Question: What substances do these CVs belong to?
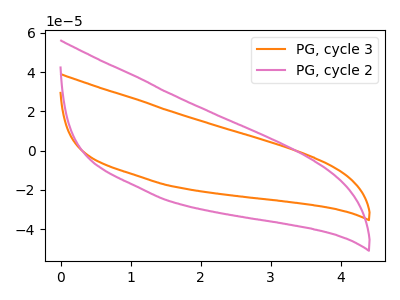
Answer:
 <answer>The orange curve is labeled "PG, cycle 3". The pink curve is labeled "PG, cycle 2".</answer>
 <eval></eval>